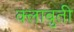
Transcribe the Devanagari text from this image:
क्लाबुती